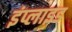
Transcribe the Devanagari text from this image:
इंप्लाइड